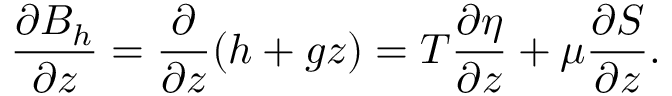
\frac { \partial B _ { h } } { \partial z } = \frac { \partial } { \partial z } ( h + g z ) = T \frac { \partial \eta } { \partial z } + \mu \frac { \partial S } { \partial z } .